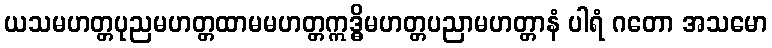
ယသမဟတ္တပုညမဟတ္တထာမမဟတ္တဣဒ္ဓိမဟတ္တပညာမဟတ္တာနံ ပါရံ ဂတော အသမော